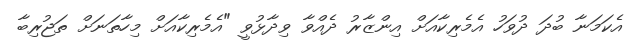
އެކަމަނާ ބުދަ ދުވަހު އެމެރިކާއަށް އިންޒާރު ދެއްވާ ވިދާޅުވީ "އެމެރިކާއަށް މިހާތަނަށް ތަޖުރިބާ